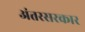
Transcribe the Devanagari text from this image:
अंतरसरकार